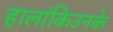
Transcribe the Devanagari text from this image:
हालांकिउनके